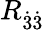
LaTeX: R_{\dot{3}\dot{3}}